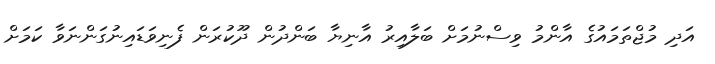
އަދި މުޖްތަމައުގެ އާންމު ވިސްނުމަށް ބަލާއިރު އާނިޔާ ބަންދުން ދޫކުރަން ފެނިވަޑައިނުގަންނަވާ ކަމަށް